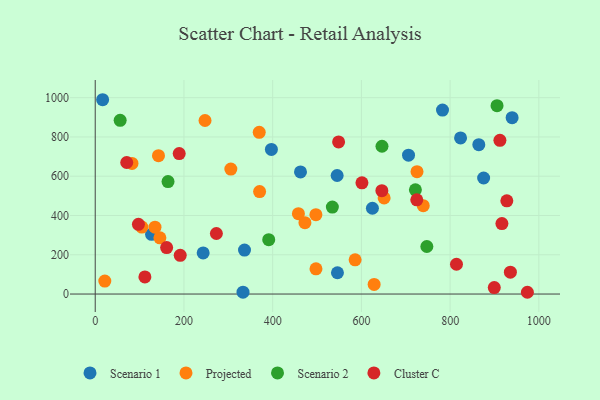
{"axis": {"x": "Price", "y": "Exam Score"}, "legend": ["Cluster C", "Projected", "Scenario 1", "Scenario 2"], "data": [{"x": "624.8", "y": 436.9, "type": "Scenario 1"}, {"x": "127.0", "y": 304.0, "type": "Scenario 1"}, {"x": "336.5", "y": 224.1, "type": "Scenario 1"}, {"x": "875.5", "y": 591.0, "type": "Scenario 1"}, {"x": "823.5", "y": 795.3, "type": "Scenario 1"}, {"x": "782.8", "y": 937.1, "type": "Scenario 1"}, {"x": "706.2", "y": 707.2, "type": "Scenario 1"}, {"x": "545.3", "y": 603.7, "type": "Scenario 1"}, {"x": "397.1", "y": 736.3, "type": "Scenario 1"}, {"x": "864.6", "y": 760.9, "type": "Scenario 1"}, {"x": "243.3", "y": 209.2, "type": "Scenario 1"}, {"x": "546.0", "y": 108.4, "type": "Scenario 1"}, {"x": "462.7", "y": 622.0, "type": "Scenario 1"}, {"x": "939.7", "y": 898.4, "type": "Scenario 1"}, {"x": "333.1", "y": 9.7, "type": "Scenario 1"}, {"x": "16.7", "y": 989.6, "type": "Scenario 1"}, {"x": "651.2", "y": 489.6, "type": "Projected"}, {"x": "82.9", "y": 665.1, "type": "Projected"}, {"x": "472.7", "y": 363.4, "type": "Projected"}, {"x": "305.7", "y": 636.6, "type": "Projected"}, {"x": "21.6", "y": 66.1, "type": "Projected"}, {"x": "247.5", "y": 883.7, "type": "Projected"}, {"x": "145.8", "y": 286.5, "type": "Projected"}, {"x": "497.4", "y": 404.3, "type": "Projected"}, {"x": "497.6", "y": 128.2, "type": "Projected"}, {"x": "739.4", "y": 450.0, "type": "Projected"}, {"x": "142.6", "y": 704.9, "type": "Projected"}, {"x": "458.0", "y": 409.3, "type": "Projected"}, {"x": "105.1", "y": 340.8, "type": "Projected"}, {"x": "370.5", "y": 521.7, "type": "Projected"}, {"x": "369.7", "y": 823.7, "type": "Projected"}, {"x": "628.7", "y": 49.1, "type": "Projected"}, {"x": "585.8", "y": 174.4, "type": "Projected"}, {"x": "134.7", "y": 340.7, "type": "Projected"}, {"x": "725.3", "y": 623.2, "type": "Projected"}, {"x": "905.7", "y": 959.2, "type": "Scenario 2"}, {"x": "721.7", "y": 530.9, "type": "Scenario 2"}, {"x": "534.5", "y": 443.1, "type": "Scenario 2"}, {"x": "391.1", "y": 277.0, "type": "Scenario 2"}, {"x": "747.5", "y": 242.1, "type": "Scenario 2"}, {"x": "164.1", "y": 572.8, "type": "Scenario 2"}, {"x": "646.4", "y": 752.7, "type": "Scenario 2"}, {"x": "56.2", "y": 884.6, "type": "Scenario 2"}, {"x": "912.2", "y": 782.9, "type": "Cluster C"}, {"x": "189.3", "y": 715.2, "type": "Cluster C"}, {"x": "927.8", "y": 474.5, "type": "Cluster C"}, {"x": "71.0", "y": 669.8, "type": "Cluster C"}, {"x": "646.1", "y": 526.4, "type": "Cluster C"}, {"x": "273.1", "y": 308.2, "type": "Cluster C"}, {"x": "814.3", "y": 151.8, "type": "Cluster C"}, {"x": "97.4", "y": 354.8, "type": "Cluster C"}, {"x": "601.2", "y": 566.6, "type": "Cluster C"}, {"x": "974.1", "y": 9.0, "type": "Cluster C"}, {"x": "161.0", "y": 236.5, "type": "Cluster C"}, {"x": "548.6", "y": 774.8, "type": "Cluster C"}, {"x": "899.5", "y": 33.0, "type": "Cluster C"}, {"x": "112.0", "y": 87.0, "type": "Cluster C"}, {"x": "724.8", "y": 479.6, "type": "Cluster C"}, {"x": "935.8", "y": 111.5, "type": "Cluster C"}, {"x": "191.6", "y": 197.4, "type": "Cluster C"}, {"x": "916.7", "y": 359.1, "type": "Cluster C"}]}